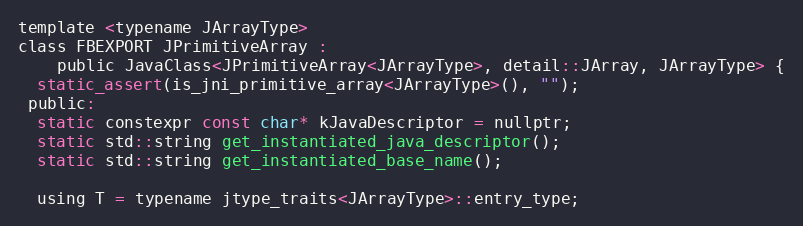
Language: C
template <typename JArrayType>
class FBEXPORT JPrimitiveArray :
    public JavaClass<JPrimitiveArray<JArrayType>, detail::JArray, JArrayType> {
  static_assert(is_jni_primitive_array<JArrayType>(), "");
 public:
  static constexpr const char* kJavaDescriptor = nullptr;
  static std::string get_instantiated_java_descriptor();
  static std::string get_instantiated_base_name();

  using T = typename jtype_traits<JArrayType>::entry_type;